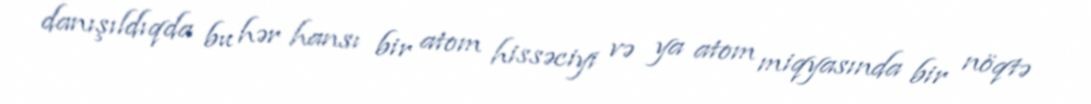
danışıldıqda bu hər hansı bir atom hissəciyi və ya atom miqyasında bir nöqtə